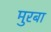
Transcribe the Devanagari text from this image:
मुरबा